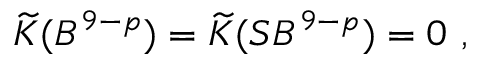
\widetilde { K } ( B ^ { 9 - p } ) = \widetilde { K } ( S B ^ { 9 - p } ) = 0 \ ,